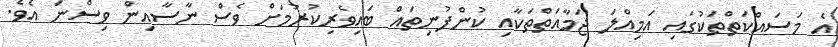
އެ މަސައްކަތްތަކުގައި އަމިއްލަ ޖަމާއަތްތަކާއި ކުންފުނިތައް ބައިވެރިކުރުމަށް ވެސް ނާސާއިން ވިސްނަ އެވެ.